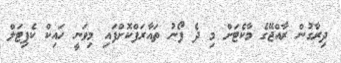
ދިރާގުން ރާއްޖޭގެ މާކެޓަށް މި ދެ ފޯނު ތައާރަފްކޮށްފައި މިވަނީ ހައިކް ކެޕިޓަލް